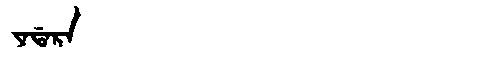
Manchu: ᠶᠠᡩᠠᡵᠠ
Romanization: YADARA